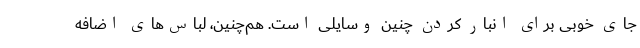
جای خوبی برای انبار کردن چنین وسایلی است. هم‌چنین، لباس‌های اضافه